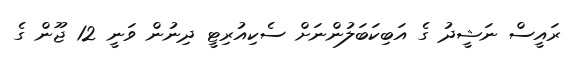
ރައީސް ނަޝީދު ގެ އަބިކަބަލުންނަށް ސެކިއުރިޓީ ދިނުން ވަނީ 12 ޖޫން ގެ